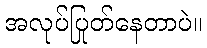
အလုပ်ပြုတ်နေတာပဲ။